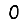
Digit: 0